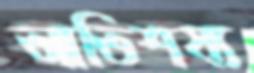
আতিশয্য